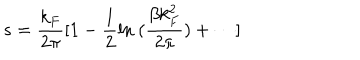
s = { \frac { k _ { F } } { 2 \pi } } [ 1 - { \frac { 1 } { 2 } } \mathrm { l n } ~ ( { \frac { \beta k _ { F } ^ { 2 } } { 2 \pi } } ) + \cdots ]